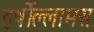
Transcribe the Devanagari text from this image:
हर्षोल्लामस